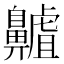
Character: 齇